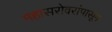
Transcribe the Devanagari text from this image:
महासरोवरांपासून